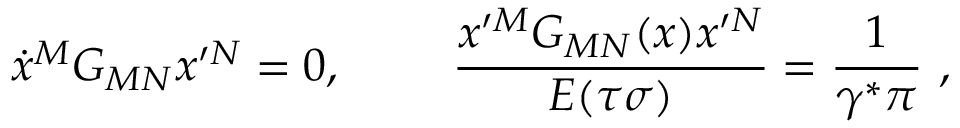
\dot { x } ^ { M } G _ { M N } x ^ { \prime N } = 0 , ~ ~ ~ ~ ~ ~ ~ { \frac { x ^ { \prime M } G _ { M N } ( x ) x ^ { \prime N } } { E ( \tau \sigma ) } } = { \frac { 1 } { \gamma ^ { \ast } \pi } } ~ ,